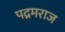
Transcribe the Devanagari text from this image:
पद्रमराज